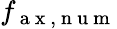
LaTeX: f_{\mathrm{~a~x~,~n~u~m~}}